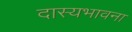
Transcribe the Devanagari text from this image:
दास्यभावना